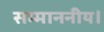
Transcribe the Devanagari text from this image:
सम्माननीय।